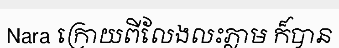
Nara ក្រោយពីលែងលះភ្លាម ក៏បាន